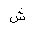
Letter: _shin